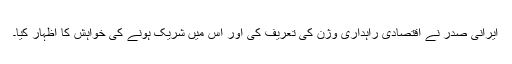
ایرانی صدر نے اقتصادی راہداری وژن کی تعریف کی اور اس میں شریک ہونے کی خواہش کا اظہار کیا۔